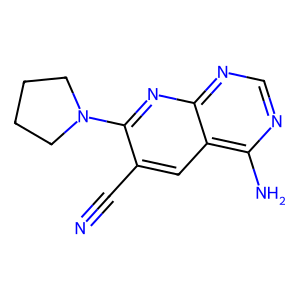
SMILES: N#Cc1cc2c(N)ncnc2nc1N1CCCC1
Inhibits HIV replication: No